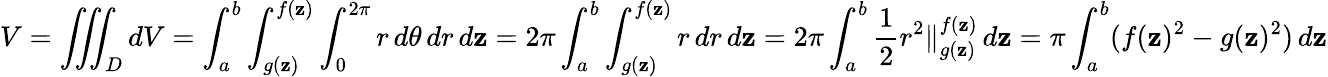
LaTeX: V=\iiint_{D}dV=\int_{a}^{b}\int_{g(\mathbf{z})}^{f(\mathbf{z})}\int_{0}^{2\pi}r\, d\theta\, dr\, d\mathbf{z}=2\pi\int_{a}^{b}\int_{g(\mathbf{z})}^{f(\mathbf{z})}r\, dr\, d\mathbf{z}=2\pi\int_{a}^{b}{\frac{{1}}{{2}}}r^{2}\Vert_{g(\mathbf{z})}^{f(\mathbf{z})}\, d\mathbf{z}=\pi\int_{a}^{b}(f(\mathbf{z})^{2}-g(\mathbf{z})^{2})\, d\mathbf{z}